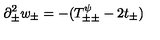
\partial _ { \pm } ^ { 2 } w _ { \pm } = - ( T _ { \pm \pm } ^ { \psi } - 2 t _ { \pm } )